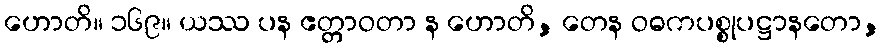
ဟောတိ။ ၁၆၉။ ယဿ ပန ဧတ္တာဝတာ န ဟောတိ, တေန ဝဓကပစ္စုပဋ္ဌာနတော,